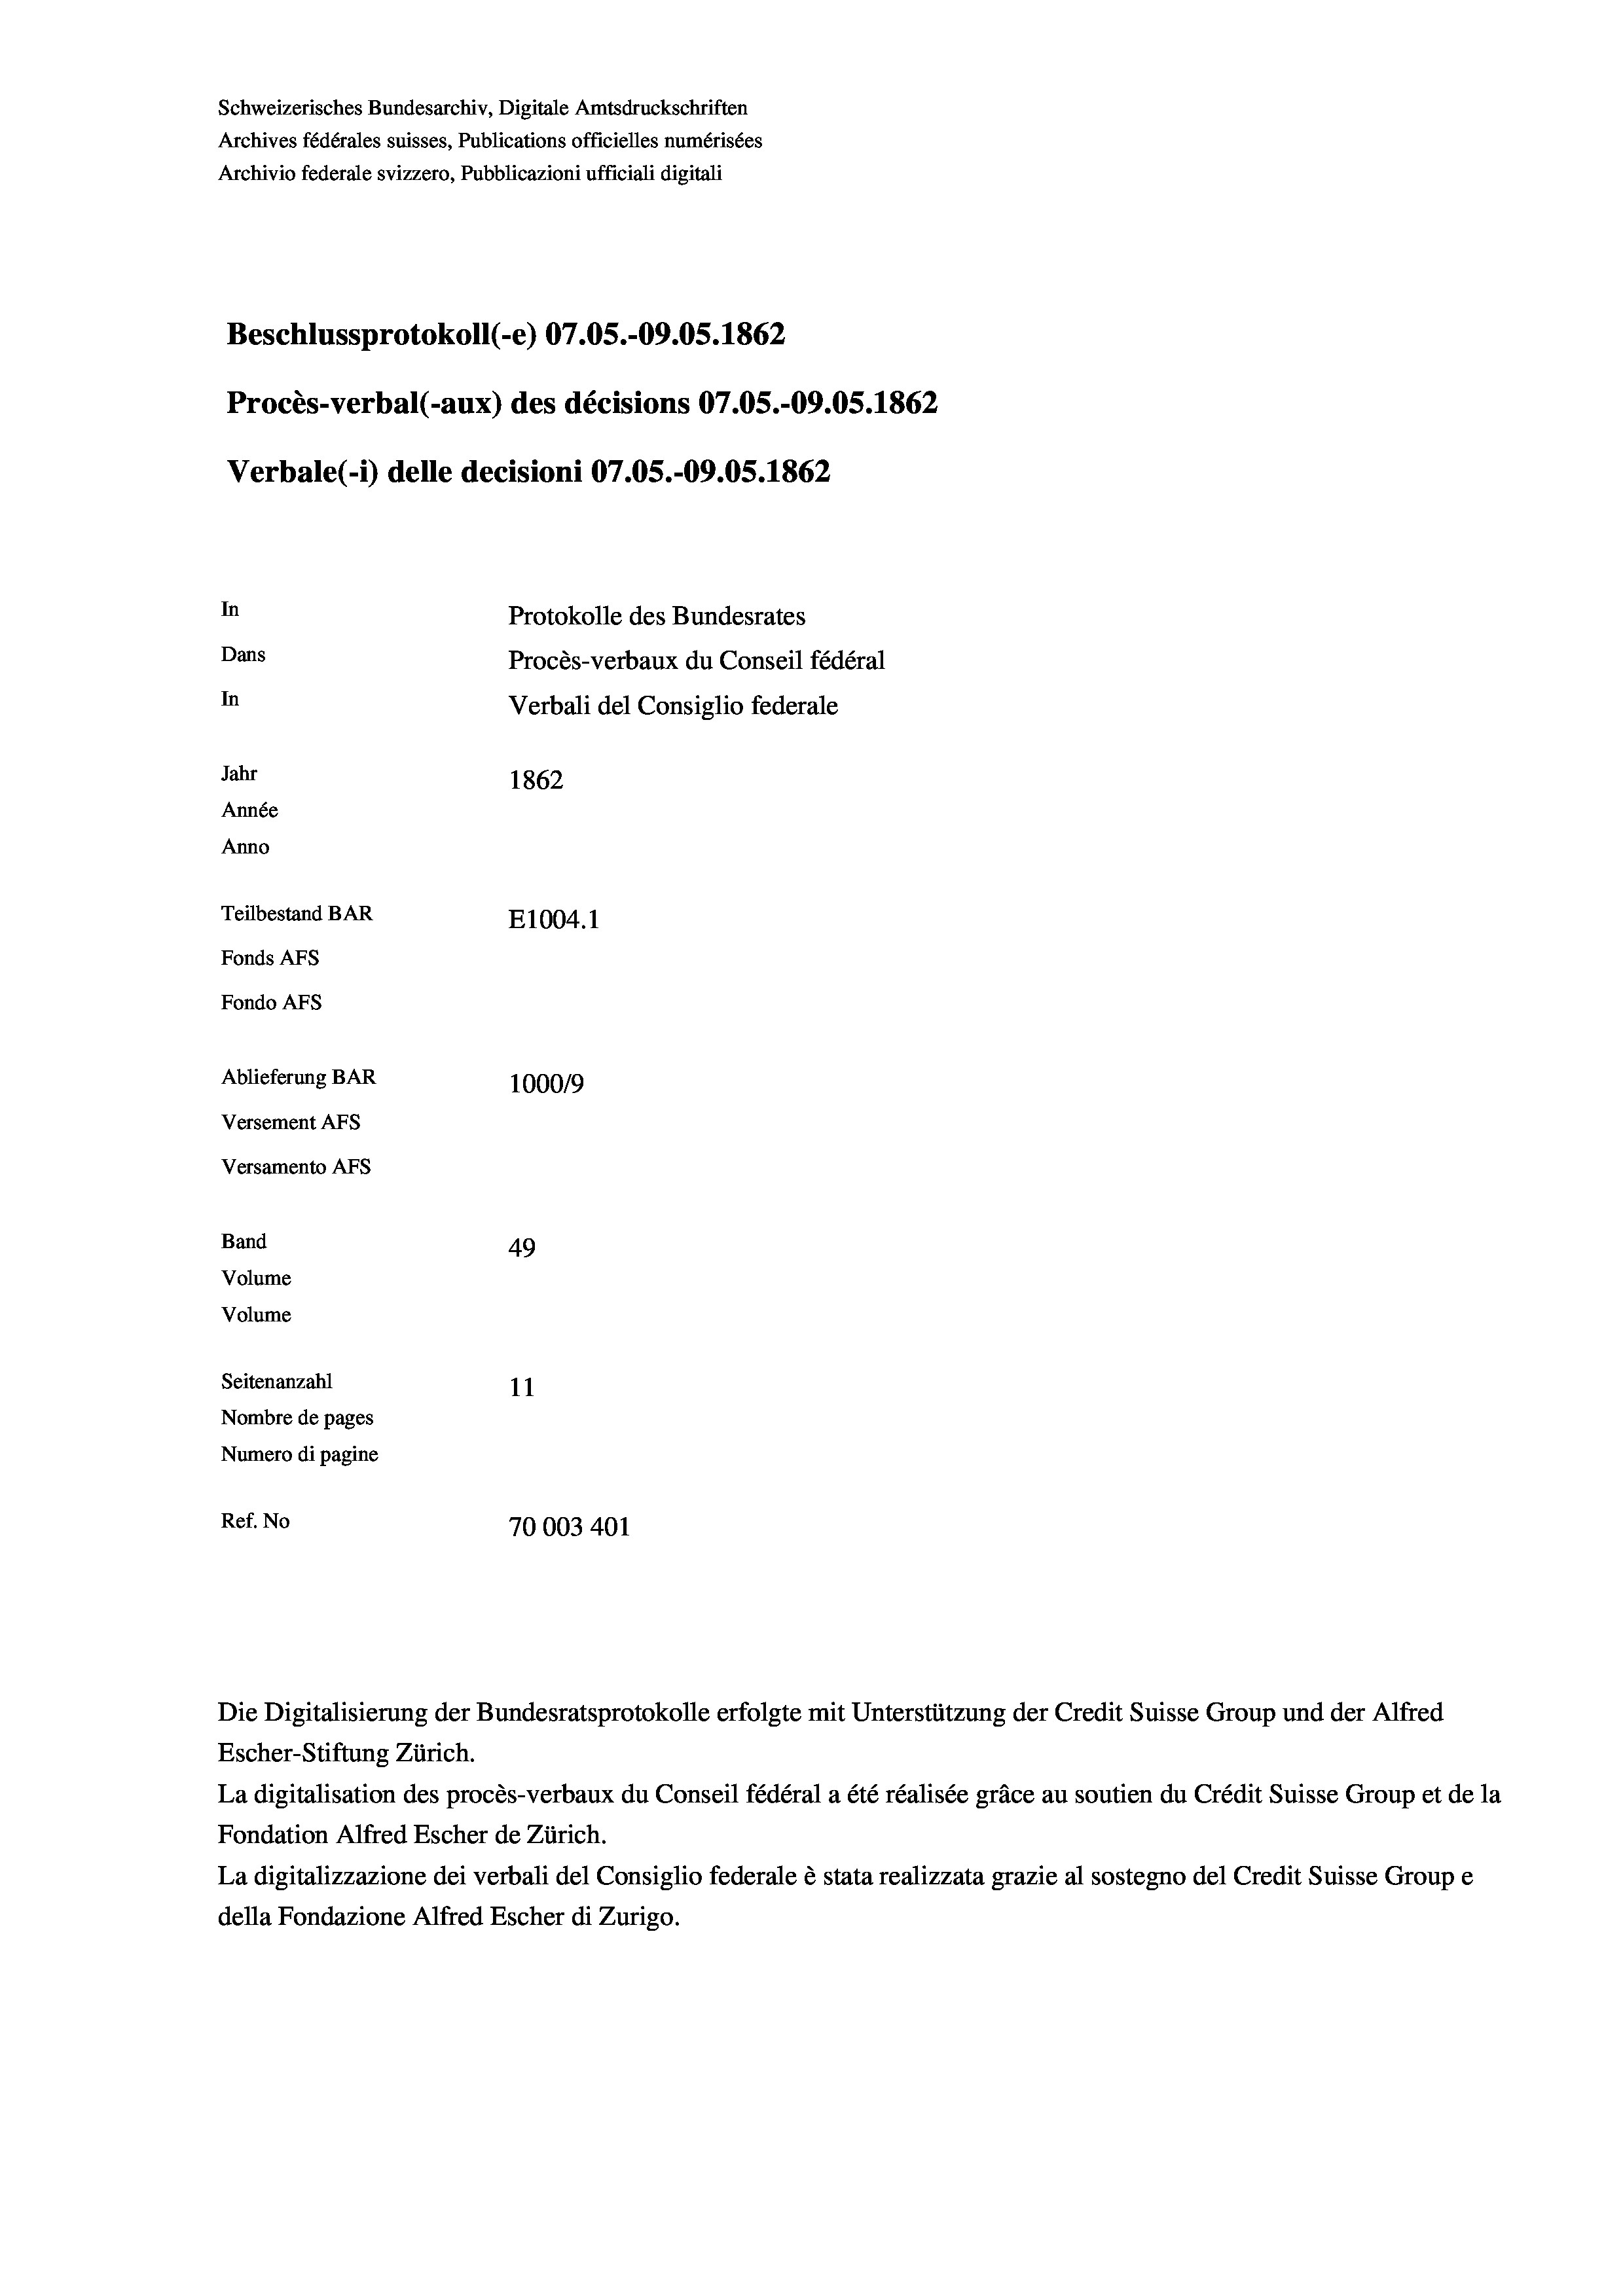
Schweizerisches Bundesarchiv, Digitale Amtsdruckschriften
Archives fédérales suisses, Publications officielles numérisées
Archivio federale svizzero, Pubblicazioni ufficiali digitali
Beschlussprotokoll (-e) 07.05.-09.05. 1862
Procès-verbal (-aux) des décisions 07.05.-09.05. 1862
Verbale (1) delle decisioni 07.05.-09.05. 1862
In
Protokolle des Bundesrates
Dans
Procès-verbaux du Conseil fédéral
In
Verbali del Consiglio federale
Jahr
1862
Année
Anno
Teilbestand BAR
E1004. 1
Fonds AFs
Fondo Afs
Ablieferung BAR
100019
Versement Ans
Versamento Afs

49
Seitenanzahl
11
Nombre de pages
Numero di pagine
Ref. No
70003401

Band
Volume
Volume

La digitalisation des procès-verbaux du Conseil fédéral a été réalisée gräce au soutien du Crédit Suisse Group et de la
Fondation Alfred Escher de Zürich.
La digitalizzazione dei verbali del Consiglio federale è stata realizzata grazie al sostegno del Credit Suisse Groupe
della Fondazione Alfred Escher di Zurigo.

Die Digitalisierung der Bundesratsprotokolle erfolgte mit Unterstützung der Credit Suisse Group und der Alfred
Escher-Stiftung Zürich.